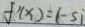
f ^ { \prime } ( x ) = ( - s i